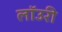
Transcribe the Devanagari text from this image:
लाॅउरी